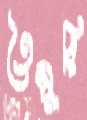
তৈমুরি